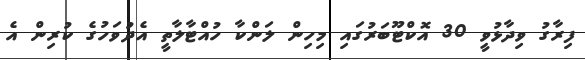
ފިރާގު ވިދާޅުވީ 30 އޮކްޓޫބަރުގައި މިހިން ލަންކާ ހުއްޓާލާތީ އެދުވަހުގެ ކުރިން އެ